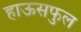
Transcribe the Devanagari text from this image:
हाऊसफुल